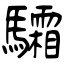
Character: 驦